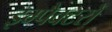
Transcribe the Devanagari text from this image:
इम्पैक्टरों